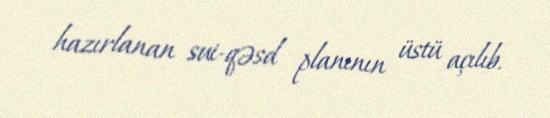
hazırlanan sui-qəsd planının üstü açılıb.